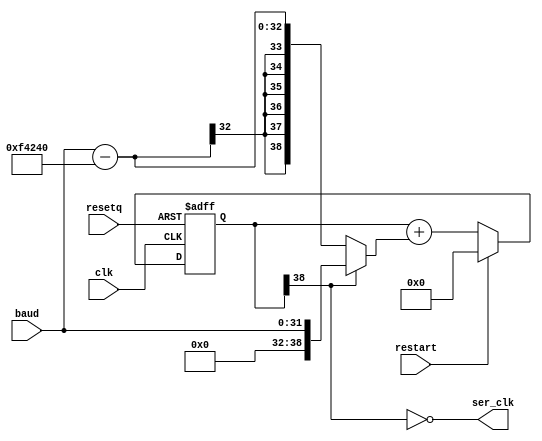
`default_nettype none

module baudgen(
  input wire clk,
  input wire resetq,
  input wire [31:0] baud,
  input wire restart,
  output wire ser_clk);
  parameter CLKFREQ = 1000000;

  wire [38:0] aclkfreq = CLKFREQ;
  reg [38:0] d;
  wire [38:0] dInc = d[38] ? ({4'd0, baud}) : (({4'd0, baud}) - aclkfreq);
  wire [38:0] dN = restart ? 0 : (d + dInc);
  wire fastclk = ~d[38];
  assign ser_clk = fastclk;

  always @(negedge resetq or posedge clk)
  begin
    if (!resetq) begin
      d <= 0;
    end else begin
      d <= dN;
    end
  end
endmodule

/*

-----+     +-----+-----+-----+-----+-----+-----+-----+-----+-----+-----+----
     |     |     |     |     |     |     |     |     |     |     |     |
     |start|  1  |  2  |  3  |  4  |  5  |  6  |  7  |  8  |stop1|stop2|
     |     |     |     |     |     |     |     |     |     |     |  ?  |
     +-----+-----+-----+-----+-----+-----+-----+-----+-----+           +

*/

module uart(
   input wire clk,         // System clock
   input wire resetq,

   // Outputs
   output wire uart_busy,   // High means UART is transmitting
   output reg uart_tx,     // UART transmit wire
   // Inputs
   input wire [31:0] baud,
   input wire uart_wr_i,   // Raise to transmit byte
   input wire [7:0] uart_dat_i  // 8-bit data
);
  parameter CLKFREQ = 1000000;

  reg [3:0] bitcount;
  reg [8:0] shifter;

  assign uart_busy = |bitcount;
  wire sending = |bitcount;

  wire ser_clk;

  wire starting = uart_wr_i & ~uart_busy;
  baudgen #(.CLKFREQ(CLKFREQ)) _baudgen(
    .clk(clk),
    .resetq(resetq),
    .baud(baud),
    .restart(1'b0),
    .ser_clk(ser_clk));

  always @(negedge resetq or posedge clk)
  begin
    if (!resetq) begin
      uart_tx <= 1;
      bitcount <= 0;
      shifter <= 0;
    end else begin
      if (starting) begin
        shifter <= { uart_dat_i[7:0], 1'b0 };
        bitcount <= 1 + 8 + 1;
      end

      if (sending & ser_clk) begin
        { shifter, uart_tx } <= { 1'b1, shifter };
        bitcount <= bitcount - 4'd1;
      end
    end
  end

endmodule

module rxuart(
   input wire clk,
   input wire resetq,
   input wire [31:0] baud,
   input wire uart_rx,      // UART recv wire
   input wire rd,           // read strobe
   output wire valid,       // has data 
   output wire [7:0] data); // data
  parameter CLKFREQ = 1000000;

  reg [4:0] bitcount;
  reg [7:0] shifter;

  // On starting edge, wait 3 half-bits then sample, and sample every 2 bits thereafter

  wire idle = &bitcount;
  wire sample;
  reg [2:0] hh = 3'b111;
  wire [2:0] hhN = {hh[1:0], uart_rx};
  wire startbit = idle & (hhN[2:1] == 2'b10);
  wire [7:0] shifterN = sample ? {hh[1], shifter[7:1]} : shifter;

  wire ser_clk;
  baudgen #(.CLKFREQ(CLKFREQ)) _baudgen(
    .clk(clk),
    .baud({baud[30:0], 1'b0}),
    .resetq(resetq),
    .restart(startbit),
    .ser_clk(ser_clk));

  assign valid = (bitcount == 18);
  reg [4:0] bitcountN;
  always @*
    if (startbit)
      bitcountN = 0;
    else if (!idle & !valid & ser_clk)
      bitcountN = bitcount + 5'd1;
    else if (valid & rd)
      bitcountN = 5'b11111;
    else
      bitcountN = bitcount;

  // 3,5,7,9,11,13,15,17
  assign sample = (bitcount > 2) & bitcount[0] & !valid & ser_clk;
  assign data = shifter;

  always @(negedge resetq or posedge clk)
  begin
    if (!resetq) begin
      hh <= 3'b111;
      bitcount <= 5'b11111;
      shifter <= 0;
    end else begin
      hh <= hhN;
      bitcount <= bitcountN;
      shifter <= shifterN;
    end
  end
endmodule

module buart(
   input wire clk,
   input wire resetq,
   input wire [31:0] baud,
   input wire rx,           // recv wire
   output wire tx,          // xmit wire
   input wire rd,           // read strobe
   input wire wr,           // write strobe
   output wire valid,       // has recv data 
   output wire busy,        // is transmitting
   input wire [7:0] tx_data,
   output wire [7:0] rx_data // data
);
  parameter CLKFREQ = 1000000;

  rxuart #(.CLKFREQ(CLKFREQ)) _rx (
     .clk(clk),
     .resetq(resetq),
     .baud(baud),
     .uart_rx(rx),
     .rd(rd),
     .valid(valid),
     .data(rx_data));
  uart #(.CLKFREQ(CLKFREQ)) _tx (
     .clk(clk),
     .resetq(resetq),
     .baud(baud),
     .uart_busy(busy),
     .uart_tx(tx),
     .uart_wr_i(wr),
     .uart_dat_i(tx_data));
endmodule